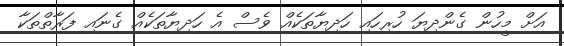
އަށް މީހުން ގެންދިޔަ ހުރިހައި ހަދިޔާތަކެއް ވެސް އެ ހަދިޔާތަކެއް ގެނައި ފަރާތްތަކާ